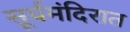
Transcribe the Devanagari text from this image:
सूर्यमंदिरात